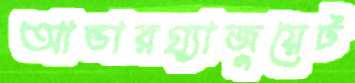
আন্ডারগ্র্যাজুয়েট